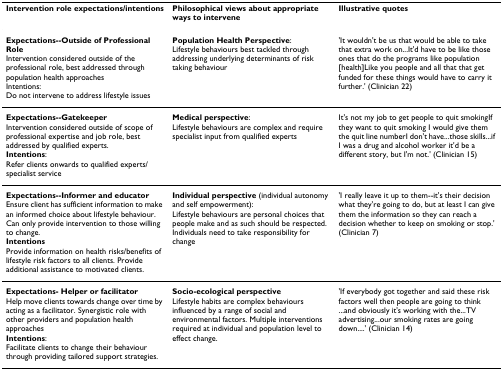
| Intervention role expectations/intentions | Philosophical views about appropriate ways to intervene | Illustrative quotes |
 | --- | --- | --- |
 | Expectations--Outside of Professional RoleIntervention considered outside of the professional role, best addressed through population health approachesIntentions:Do not intervene to address lifestyle issues | Population Health Perspective:Lifestyle behaviours best tackled through addressing underlying determinants of risk taking behaviour | 'It wouldn't be us that would be able to take that extra work on...It'd have to be like those ones that do the programs like population [health]Like you people and all that that get funded for these things would have to carry it further.' (Clinician 22) |
 | Expectations--GatekeeperIntervention considered outside of scope of professional expertise and job role, best addressed by qualified experts.Intentions:Refer clients onwards to qualified experts/specialist service | Medical perspective:Lifestyle behaviours are complex and require specialist input from qualified experts | It's not my job to get people to quit smokingIf they want to quit smoking I would give them the quit line numberI don't have...those skills...if I was a drug and alcohol worker it'd be a different story, but I'm not.' (Clinician 15) |
 | Expectations--Informer and educatorEnsure client has sufficient information to make an informed choice about lifestyle behaviour. Can only provide intervention to those willing to change.IntentionsProvide information on health risks/benefits of lifestyle risk factors to all clients. Provide additional assistance to motivated clients. | Individual perspective (individual autonomy and self empowerment):Lifestyle behaviours are personal choices that people make and as such should be respected. Individuals need to take responsibility for change | 'I really leave it up to them--it's their decision what they're going to do, but at least I can give them the information so they can reach a decision whether to keep on smoking or stop.' (Clinician 7) |
 | Expectations- Helper or facilitatorHelp move clients towards change over time by acting as a facilitator. Synergistic role with other providers and population health approachesIntentions:Facilitate clients to change their behaviour through providing tailored support strategies. | Socio-ecological perspectiveLifestyle habits are complex behaviours influenced by a range of social and environmental factors. Multiple interventions required at individual and population level to effect change. | 'If everybody got together and said these risk factors well then people are going to think ...and obviously it's working with the...TV advertising...our smoking rates are going down....' (Clinician 14) |